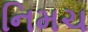
નિમચ